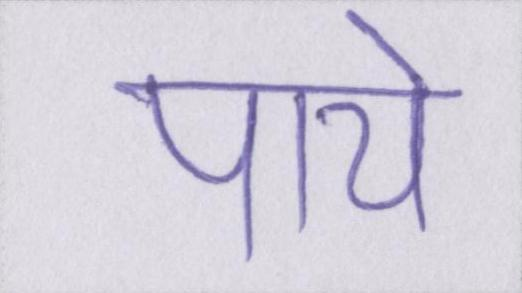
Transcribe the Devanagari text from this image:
पाये